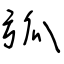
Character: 弧